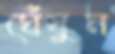
ঘেঁষুন